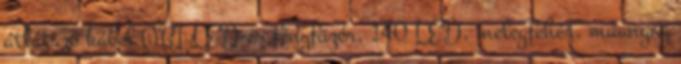
átlátszó kábel OBI LED-es fényfüzér, 140 LED, melegfehér, műanyag